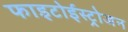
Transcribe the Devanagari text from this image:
फाइटोईस्ट्रोजन